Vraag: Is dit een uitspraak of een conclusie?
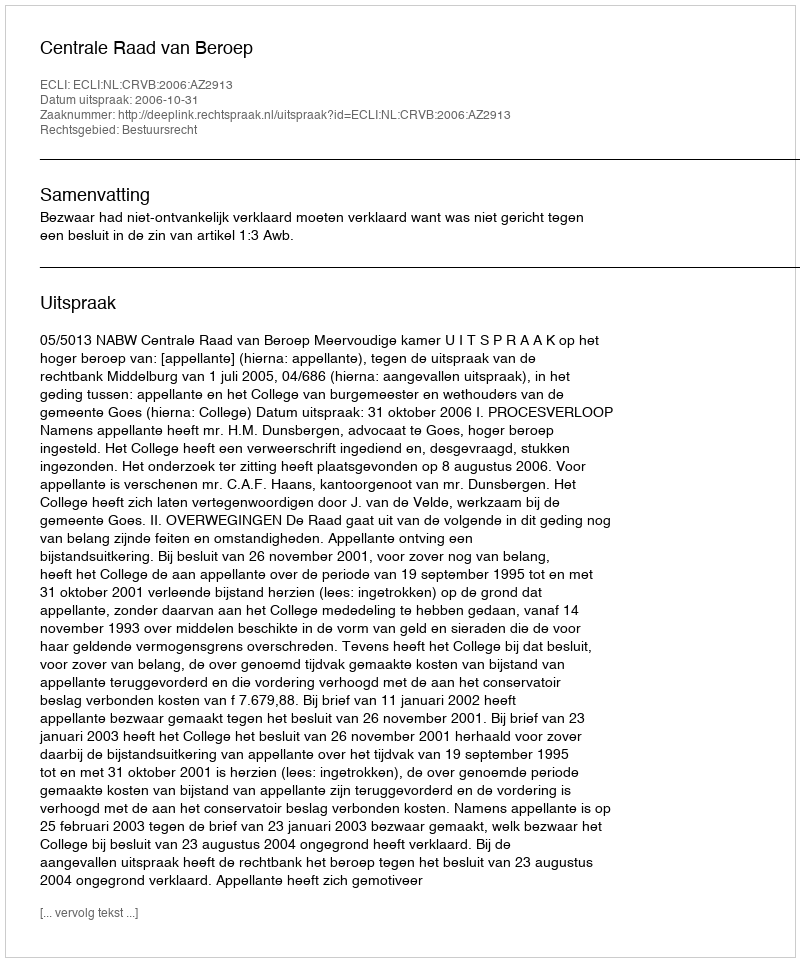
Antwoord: Uitspraak